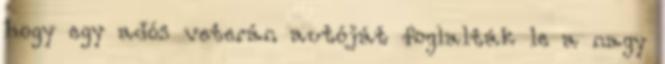
hogy egy adós veterán autóját foglalták le a nagy